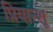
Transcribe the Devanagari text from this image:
प्रियान्शू